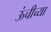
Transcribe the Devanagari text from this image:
ऊंचीच्या